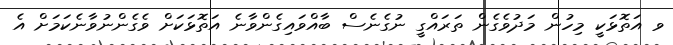
ވ އަތޮޅަކީ މިހުން މަދުވެގެން ތަރައްގީ ނުގެނެސް ބާއްވައިގެންވާނެ އަތޮޅަކަށް ވެގެންނުވާނެކަމަށް އެ